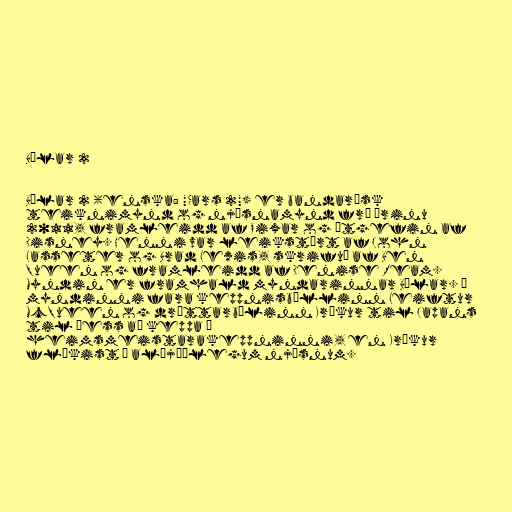
Bílar 2

Bílar 2 (enska: "Cars 2") er bandarísk
teiknimynd og njósnamynd frá árinu
2011, framleidd af Pixar og útgefin af
Disney. Henni var leikstýrt af John
Lasseter og Brad Lewis, skrifuð af Ben
Queen og framleidd af Denise Ream.
Myndin er framhald myndarinnar Bílar. Í
myndinni fara keppnisbíllinn Leiftur
McQueen og dráttarbílinn Krókur til Japans
til þess að keppa í
heimsmeistarakeppninni, en Krókur
flækist í alþjóðlegum njósnum.